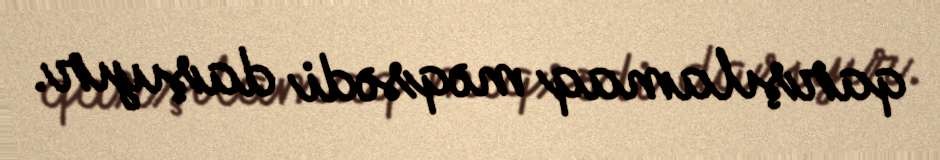
qarşılamaq məqsədi daşıyır.